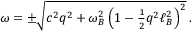
\begin{array} { r } { \omega = \pm \sqrt { c ^ { 2 } q ^ { 2 } + \omega _ { B } ^ { 2 } \left( 1 - \frac { 1 } { 2 } q ^ { 2 } \ell _ { B } ^ { 2 } \right) ^ { 2 } } \, . } \end{array}